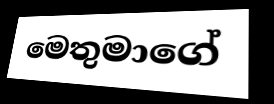
මෙතුමාගේ